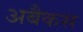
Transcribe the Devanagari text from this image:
अबैकस